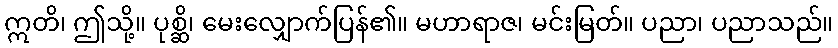
ဣတိ၊ ဤသို့။ ပုစ္ဆိ၊ မေးလျှောက်ပြန်၏။ မဟာရာဇ၊ မင်းမြတ်။ ပညာ၊ ပညာသည်။